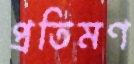
প্রতিমণ